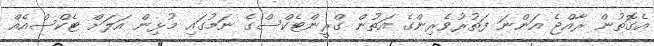
އެގޮތުން ރާއްޖެ އަންނަ ފަތުރުވެރިންގެ އަތުން ގްރީންޓެކްސްގެ ނަމުގައި މުޅިން އަލަށް ޓެކްސްއެއް